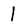
Character: 1